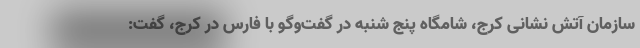
سازمان آتش نشانی کرج، شامگاه پنج شنبه در گفت‌وگو با فارس در کرج، گفت: